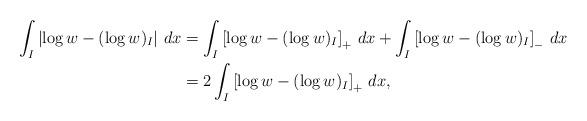
LaTeX: \begin{align*}\int_I \left|\log w-(\log w)_I\right|\,dx&=\int_I \left[\log w-(\log w)_I\right]_+\,dx+\int_I \left[\log w-(\log w)_I\right]_-\,dx\\&=2 \int_I \left[\log w-(\log w)_I\right]_+\,dx,\end{align*}